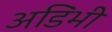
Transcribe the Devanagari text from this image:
अडिंभी